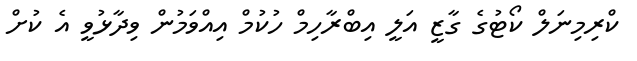
ކްރިމިނަލް ކޯޓުގެ ގާޒީ އަލީ އިބްރާހިމް ހުކުމް އިއްވަމުން ވިދާޅުވީ އެ ކުށް